Newspaper: Evening journal. [volume]
Place of publication: Wilmington, Del.
Publisher: J. Milton Davidson
Date: 1895-05-18 00:00:00
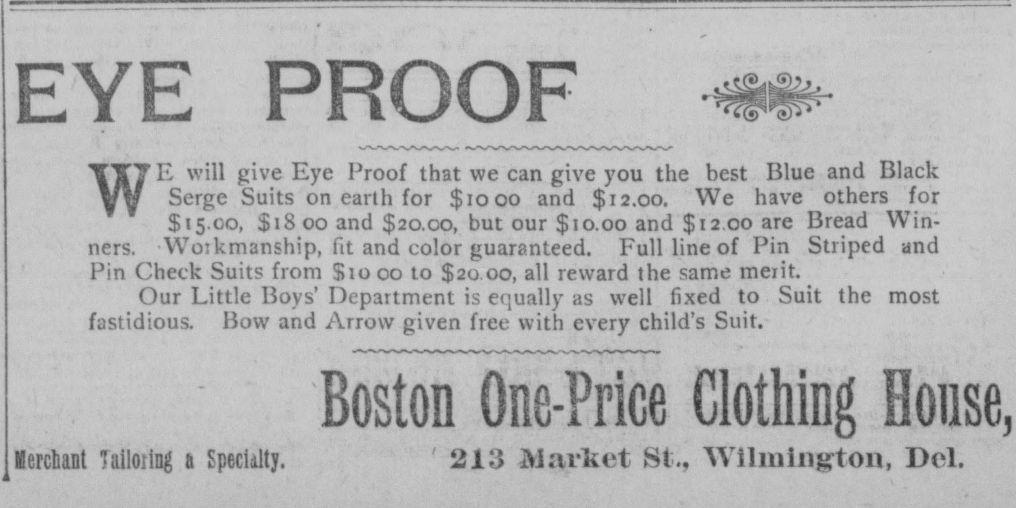
Advertisement text (OCR):
EYE PROOF E will give Eye Proof that we can give you the best Blue and Black Serge Suits on earlh for $1000 and $12.00. We have others for $15.00, $1800 and $20.00, but our $10.00 and $12 00 are Bread Win ners. Woikmanship, fit and color guaranteed. Full line of Pin Striped and Pin Check Suits from $10 00 to $20.00, all reward the same merit. Our Little Boys' Department is equally as well fixed to Suit the most fastidious. Bow and Arrow given free with every child's Suit. w Boston One-Price Clothing House, 213 Market St., Wilmington, Del. KerclaDt Tailoiing a Specialty.
Label: text-only